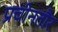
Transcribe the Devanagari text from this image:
प्रचीनतौर